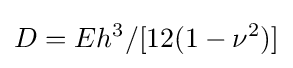
D=Eh^{3}/[12(1-\nu ^{2})]